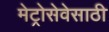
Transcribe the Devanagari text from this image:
मेट्रोसेवेसाठी